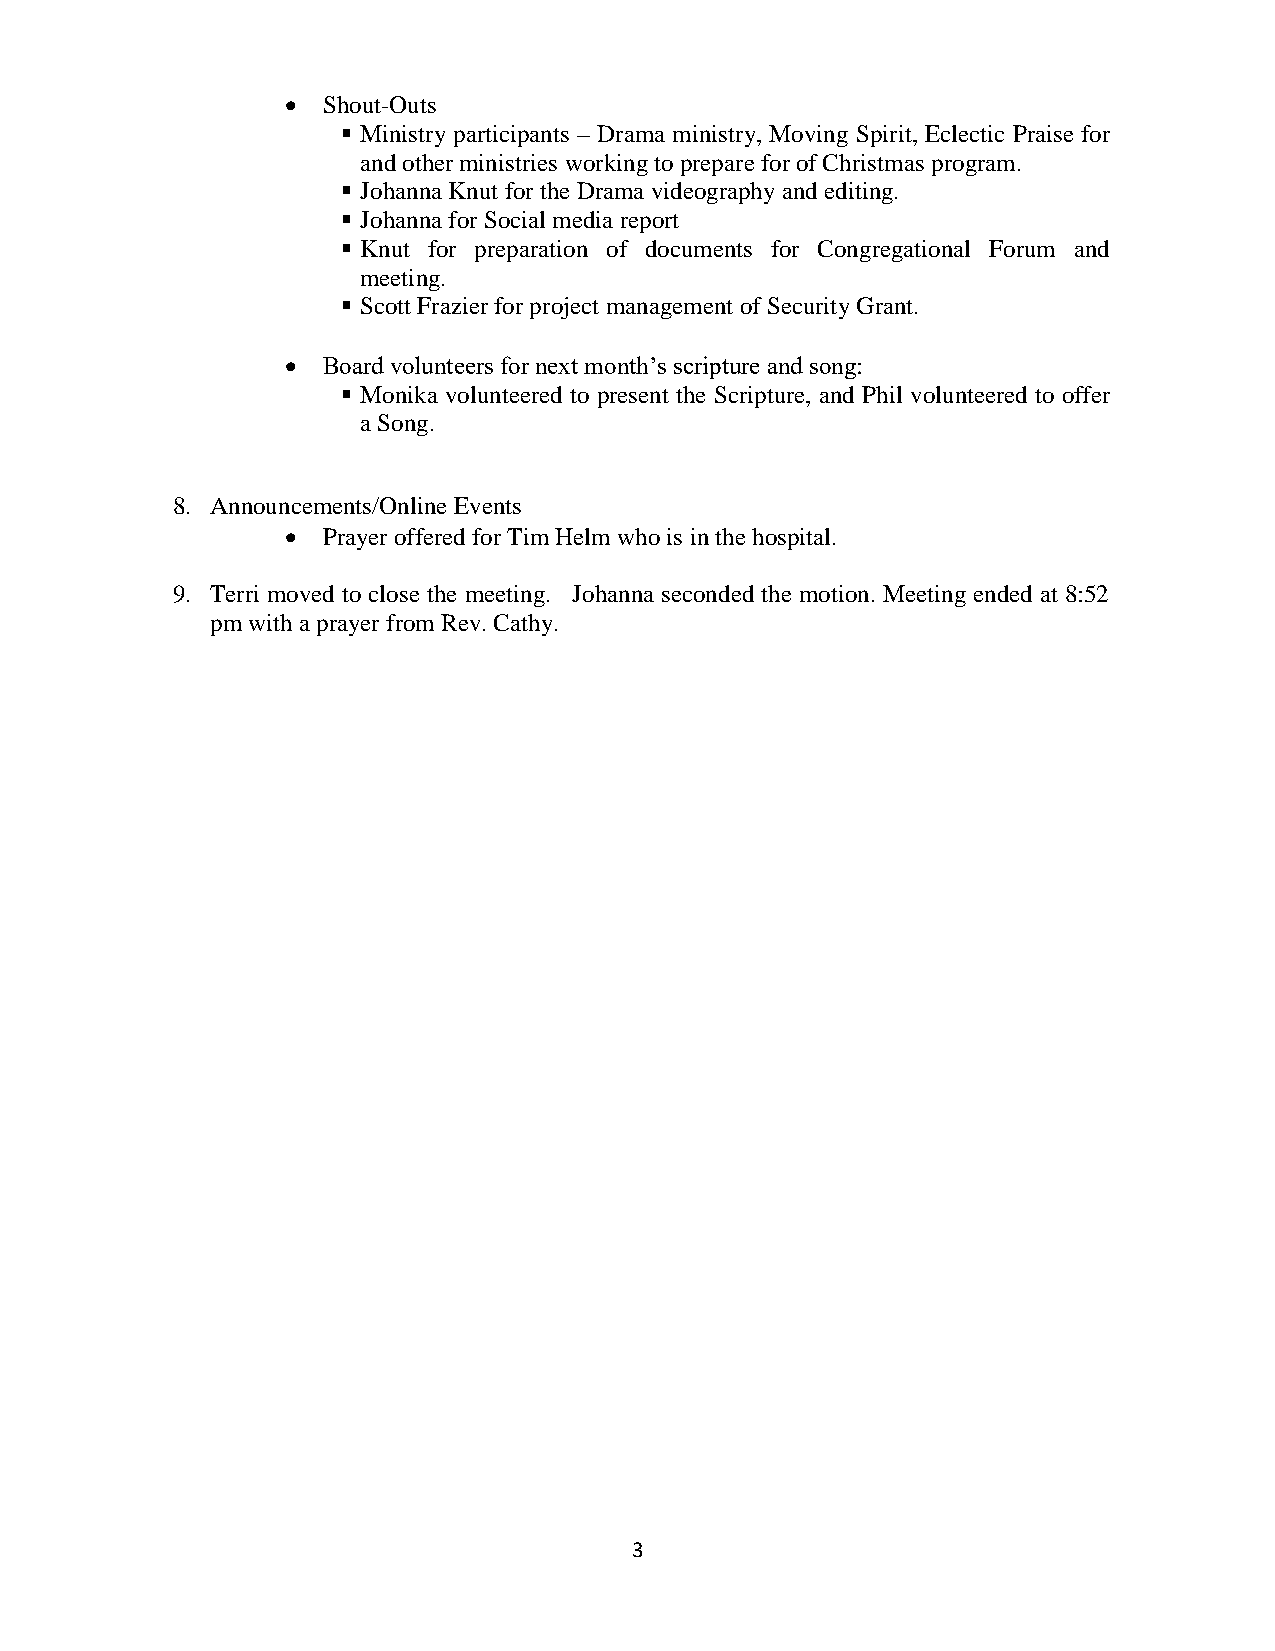
 Shout-Outs
  Ministry participants – Drama ministry, Moving Spirit, Eclectic Praise for
 and other ministries working to prepare for of Christmas program.
  Johanna Knut for the Drama videography and editing.
  Johanna for Social media report
  Knut for preparation of documents for Congregational Forum and
 meeting.
  Scott Frazier for project management of Security Grant.
  Board volunteers for next month’s scripture and song:
  Monika volunteered to present the Scripture, and Phil volunteered to offer
 a Song.
 8. Announcements/Online Events
  Prayer offered for Tim Helm who is in the hospital.
 9. Terri moved to close the meeting. Johanna seconded the motion. Meeting ended at 8:52
 pm with a prayer from Rev. Cathy.
 3